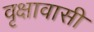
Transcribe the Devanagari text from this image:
वृक्षावासी